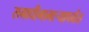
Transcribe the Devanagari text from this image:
समाधीगाभाऱ्यापर्यंत